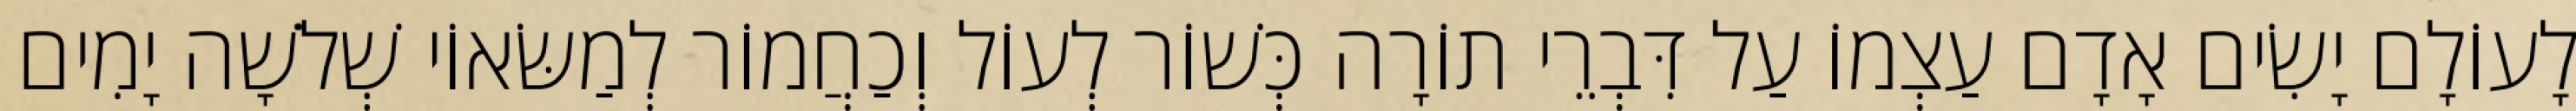
לָעוֹלָם יָשִׂים אָדָם עַצְמוֹ עַל דִּבְרֵי תוֹרָה כְּשׁוֹר לְעוֹל וְכַחֲמוֹר לְמַשּׂאוֹי שְׁלֹשָׁה יָמִים